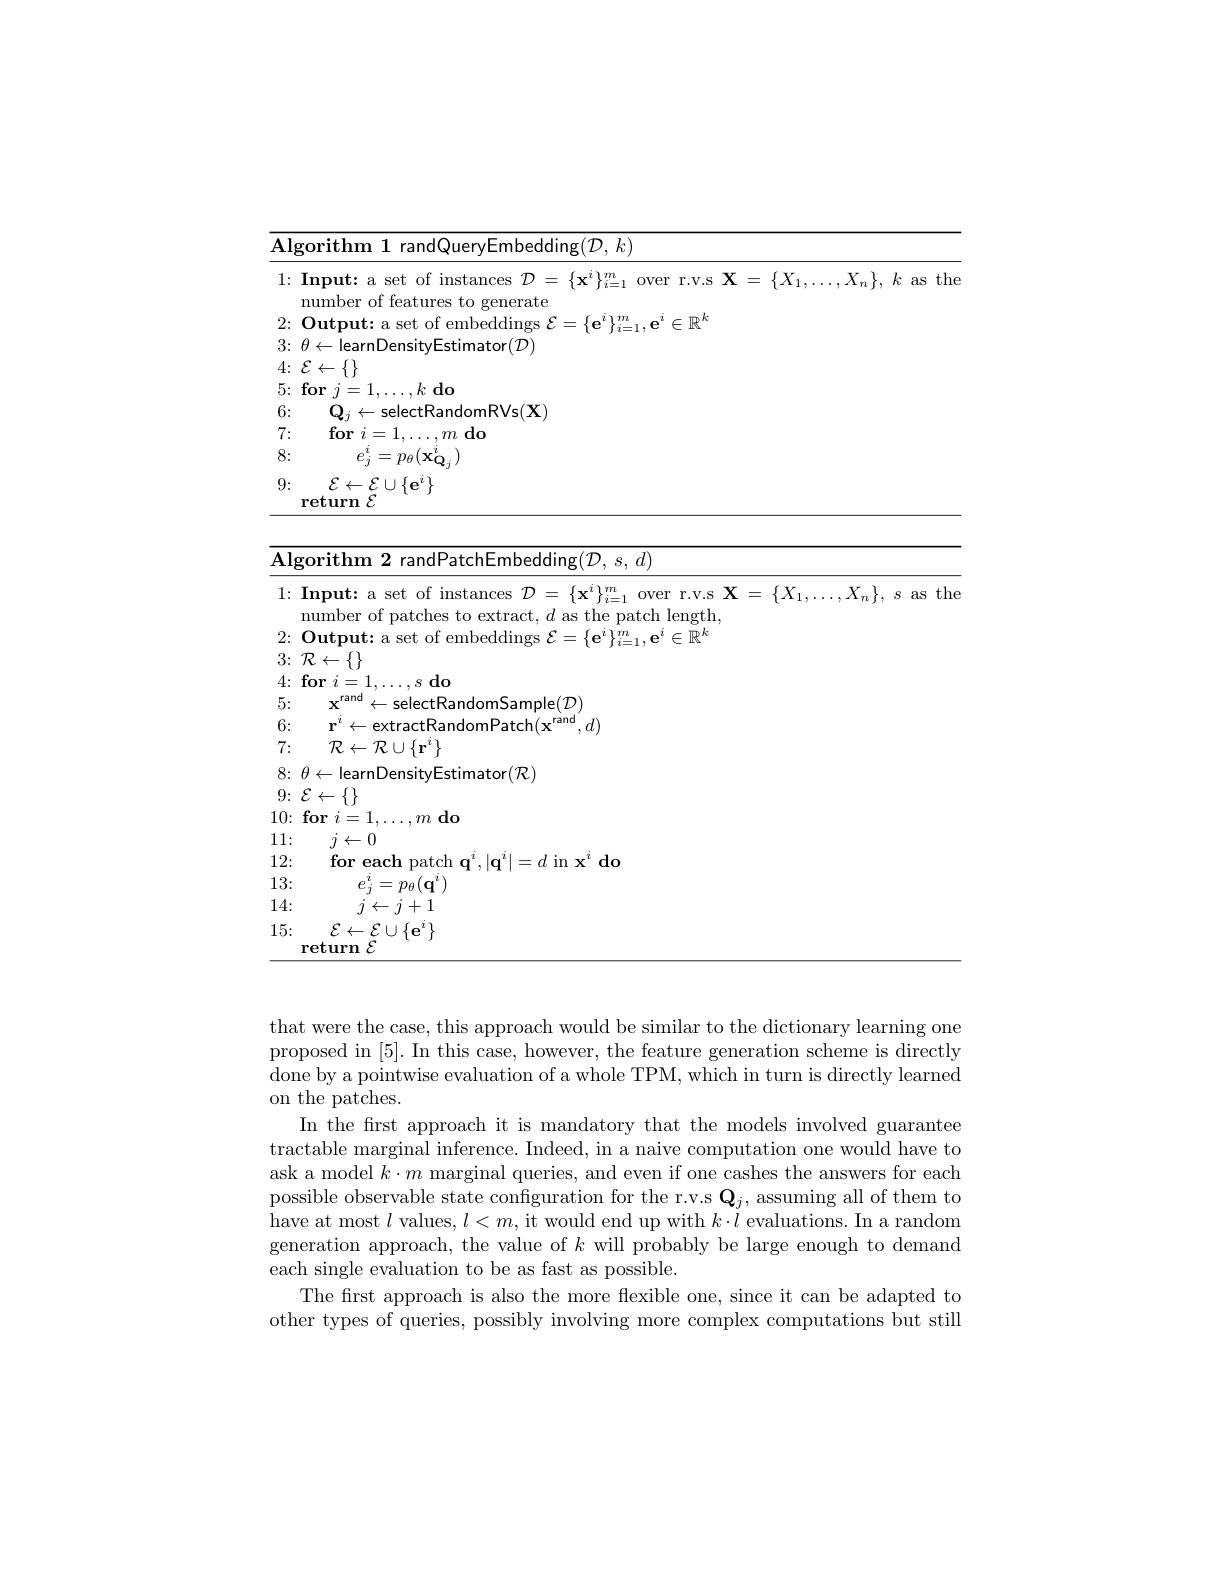
<table>
	<tbody>
		<tr>
			<th> </th>
		</tr>
		<tr>
			<th>$, X_{n}\} $, $k$ as the</th>
		</tr>
		<tr>
			<td> </td>
		</tr>
		<tr>
			<td> </td>
		</tr>
		<tr>
			<td> </td>
		</tr>
		<tr>
			<td> </td>
		</tr>
		<tr>
			<td> </td>
		</tr>
		<tr>
			<td> </td>
		</tr>
	</tbody>
</table>

<table>
	<tbody>
		<tr>
			<td>$\overline{{\mathbf{Al}\mathbf{g}}}$ T T L</td>
			<td>$\operatorname{lgorithm}$ randPatchEmbedding$(\mathcal{D},s,d)$ 2</td>
			<td> </td>
		</tr>
		<tr>
			<td>1:</td>
			<td>$1: \textbf{Input: a set of instances}{\mathcal{D} }= \{ \mathbf{x} ^{i}\} _{i= 1}^{m}$over r.v.s$\mathbf{X}=\{X$ mumber of patches to extract $d$ as the natch length</td>
			<td>$X_{n}\},~s~$as t the</td>
		</tr>
		<tr>
			<td>2:</td>
			<td>1. $(1)_{11}t_{2}$ :199-</td>
			<td> </td>
		</tr>
		<tr>
			<td>3:</td>
			<td>3. $:\mathcal{R}\leftarrow\{\}$</td>
			<td> </td>
		</tr>
		<tr>
			<td>4:</td>
			<td>L for S $do$</td>
			<td> </td>
		</tr>
		<tr>
			<td>5:</td>
			<td>5: $\mathbf{X}$ rand $5p$ ndomSample$(\mathcal{D})$</td>
			<td> </td>
		</tr>
		<tr>
			<td>6:</td>
			<td>6: anb rand $d)$</td>
			<td> </td>
		</tr>
		<tr>
			<td>8:</td>
			<td>$\Xi$stimator$(\mathcal{R})$</td>
			<td> </td>
		</tr>
		<tr>
			<td>9:</td>
			<td>$A-$ ${\mathcal{E}}\leftarrow\{1,\ldots,\ldots,\ldots\}$</td>
			<td> </td>
		</tr>
		<tr>
			<td>10:</td>
			<td>(1). for 7 $m$ do</td>
			<td> </td>
		</tr>
		<tr>
			<td>11: </td>
			<td>1: $j\leftarrow0$</td>
			<td> </td>
		</tr>
		<tr>
			<td>12:</td>
			<td>2: $\textbf{for each}$ rrrr $d$ in $\mathbf{x}^i$ do</td>
			<td> </td>
		</tr>
		<tr>
			<td>13: </td>
			<td>3: $e_{i}^{i}=p_{\theta}(\mathbf{q}^{i})$</td>
			<td> </td>
		</tr>
		<tr>
			<td>14:</td>
			<td>4: $j\leftarrow j+1$</td>
			<td> </td>
		</tr>
		<tr>
			<td>15:</td>
			<td>5: $\mathcal{E}\leftarrow\mathcal{E}\cup\{\mathbf{e}^{i}\}$ return $\varepsilon$</td>
			<td> </td>
		</tr>
	</tbody>
</table>

that were the case, this approach would be similar to the dictionary learning one proposed in [5]. In this case, however, the feature generation scheme is directly done by a pointwise evaluation of a whole TPM, which in turn is directly learned on the patches.
In the first approach it is mandatory that the models involved guarantee tractable marginal inference. Indeed, in a naive computation one would have to ask a model $k\cdot m$ marginal queries, and even if one cashes the answers for each possible observable state confguration for the r.v.s $\mathbf{Q}_j$, assuming all of them to have at most $l$ values, $l<m$,it would end up with $k\cdot l$ evaluations. In a random generation approach, the value of $k$ will probably be large enough to demand each single evaluation to be as fast as possible.
The first approach is also the more flexible one, since it can be adapted to other types of queries, possibly involving more complex computations but still